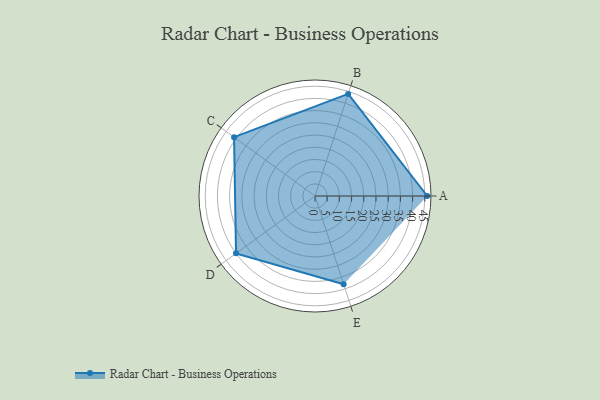
{"axis": {"x": "Skill", "y": "Score"}, "legend": ["Profile"], "data": [{"x": "A", "y": 46.0, "type": "Profile"}, {"x": "B", "y": 44.0, "type": "Profile"}, {"x": "C", "y": 41.0, "type": "Profile"}, {"x": "D", "y": 40.0, "type": "Profile"}, {"x": "E", "y": 38.0, "type": "Profile"}]}